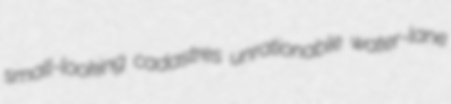
small-looking cadastres unrationable water-lane